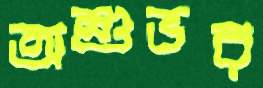
অশুভর